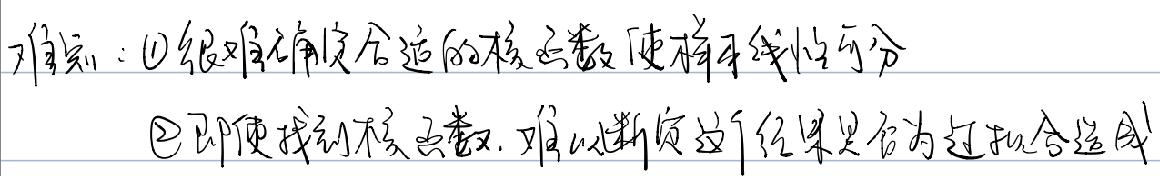
难点：$\textcircled{1}$很难确定合适的核函数使样本线性可分
$\textcircled{2}$即使找到核函数，难以断定这个结果是否为过拟合造成